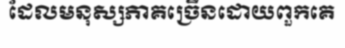
ដែលមនុស្សភាគច្រើនដោយពួកគេ